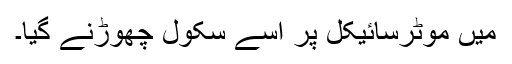
مَیں موٹرسائیکل پر اسے سکول چھوڑنے گیا۔